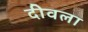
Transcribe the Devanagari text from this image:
दीवला